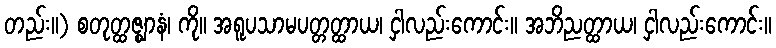
တည်း။) စတုတ္ထဇ္ဈာနံ၊ ကို။ အရူပသာမပတ္တတ္ထာယ၊ ငှါလည်းကောင်း။ အဘိညတ္ထာယ၊ ငှါလည်းကောင်း။